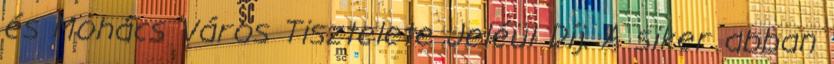
és Mohács Város Tisztelete Jeléül Díj. A siker abban